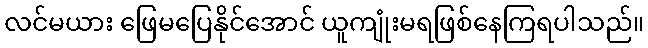
လင်မယား ဖြေမပြေနိုင်အောင် ယူကျုံးမရဖြစ်နေကြရပါသည်။